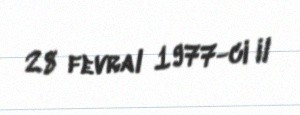
28 fevral 1977-ci il